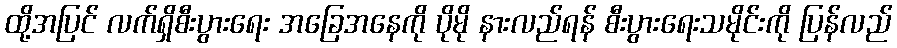
ထို့အပြင် လက်ရှိစီးပွားရေး အခြေအနေကို ပိုမို နားလည်ရန် စီးပွားရေးသမိုင်းကို ပြန်လည်